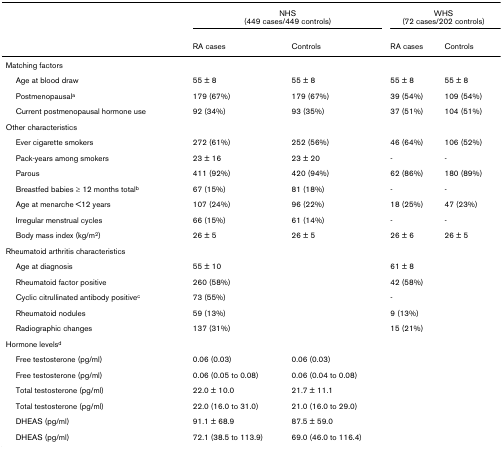
<table><thead><tr><td></td><td colspan="2"><b>NHS(449 cases/449 controls)</b></td><td colspan="2"><b>WHS(72 cases/202 controls)</b></td></tr><tr><td></td><td><b>RA cases</b></td><td><b>Controls</b></td><td><b>RA cases</b></td><td><b>Controls</b></td></tr></thead><tbody><tr><td>Matching factors</td><td></td><td></td><td></td><td></td></tr><tr><td> Age at blood draw</td><td>55 ± 8</td><td>55 ± 8</td><td>55 ± 8</td><td>55 ± 8</td></tr><tr><td> Postmenopausal<sup>a</sup></td><td>179 (67%)</td><td>179 (67%)</td><td>39 (54%)</td><td>109 (54%)</td></tr><tr><td> Current postmenopausal hormone use</td><td>92 (34%)</td><td>93 (35%)</td><td>37 (51%)</td><td>104 (51%)</td></tr><tr><td>Other characteristics</td><td></td><td></td><td></td><td></td></tr><tr><td> Ever cigarette smokers</td><td>272 (61%)</td><td>252 (56%)</td><td>46 (64%)</td><td>106 (52%)</td></tr><tr><td> Pack-years among smokers</td><td>23 ± 16</td><td>23 ± 20</td><td>-</td><td>-</td></tr><tr><td> Parous</td><td>411 (92%)</td><td>420 (94%)</td><td>62 (86%)</td><td>180 (89%)</td></tr><tr><td> Breastfed babies ≥ 12 months total<sup>b</sup></td><td>67 (15%)</td><td>81 (18%)</td><td>-</td><td>-</td></tr><tr><td> Age at menarche &lt;12 years</td><td>107 (24%)</td><td>96 (22%)</td><td>18 (25%)</td><td>47 (23%)</td></tr><tr><td> Irregular menstrual cycles</td><td>66 (15%)</td><td>61 (14%)</td><td>-</td><td>-</td></tr><tr><td> Body mass index (kg/m<sup>2</sup>)</td><td>26 ± 5</td><td>26 ± 5</td><td>26 ± 6</td><td>26 ± 5</td></tr><tr><td>Rheumatoid arthritis characteristics</td><td></td><td></td><td></td><td></td></tr><tr><td> Age at diagnosis</td><td>55 ± 10</td><td></td><td>61 ± 8</td><td></td></tr><tr><td> Rheumatoid factor positive</td><td>260 (58%)</td><td></td><td>42 (58%)</td><td></td></tr><tr><td> Cyclic citrullinated antibody positive<sup>c</sup></td><td>73 (55%)</td><td></td><td>-</td><td></td></tr><tr><td> Rheumatoid nodules</td><td>59 (13%)</td><td></td><td>9 (13%)</td><td></td></tr><tr><td> Radiographic changes</td><td>137 (31%)</td><td></td><td>15 (21%)</td><td></td></tr><tr><td>Hormone levels<sup>d</sup></td><td></td><td></td><td></td><td></td></tr><tr><td> Free testosterone (pg/ml)</td><td>0.06 (0.03)</td><td>0.06 (0.03)</td><td></td><td></td></tr><tr><td> Free testosterone (pg/ml)</td><td>0.06 (0.05 to 0.08)</td><td>0.06 (0.04 to 0.08)</td><td></td><td></td></tr><tr><td> Total testosterone (pg/ml)</td><td>22.0 ± 10.0</td><td>21.7 ± 11.1</td><td></td><td></td></tr><tr><td> Total testosterone (pg/ml)</td><td>22.0 (16.0 to 31.0)</td><td>21.0 (16.0 to 29.0)</td><td></td><td></td></tr><tr><td> DHEAS (pg/ml)</td><td>91.1 ± 68.9</td><td>87.5 ± 59.0</td><td></td><td></td></tr><tr><td> DHEAS (pg/ml)</td><td>72.1 (38.5 to 113.9)</td><td>69.0 (46.0 to 116.4)</td><td></td><td></td></tr></tbody></table>